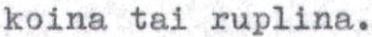
koina tai ruplina.